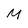
Character: M